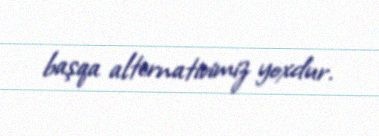
başqa alternativimiz yoxdur.